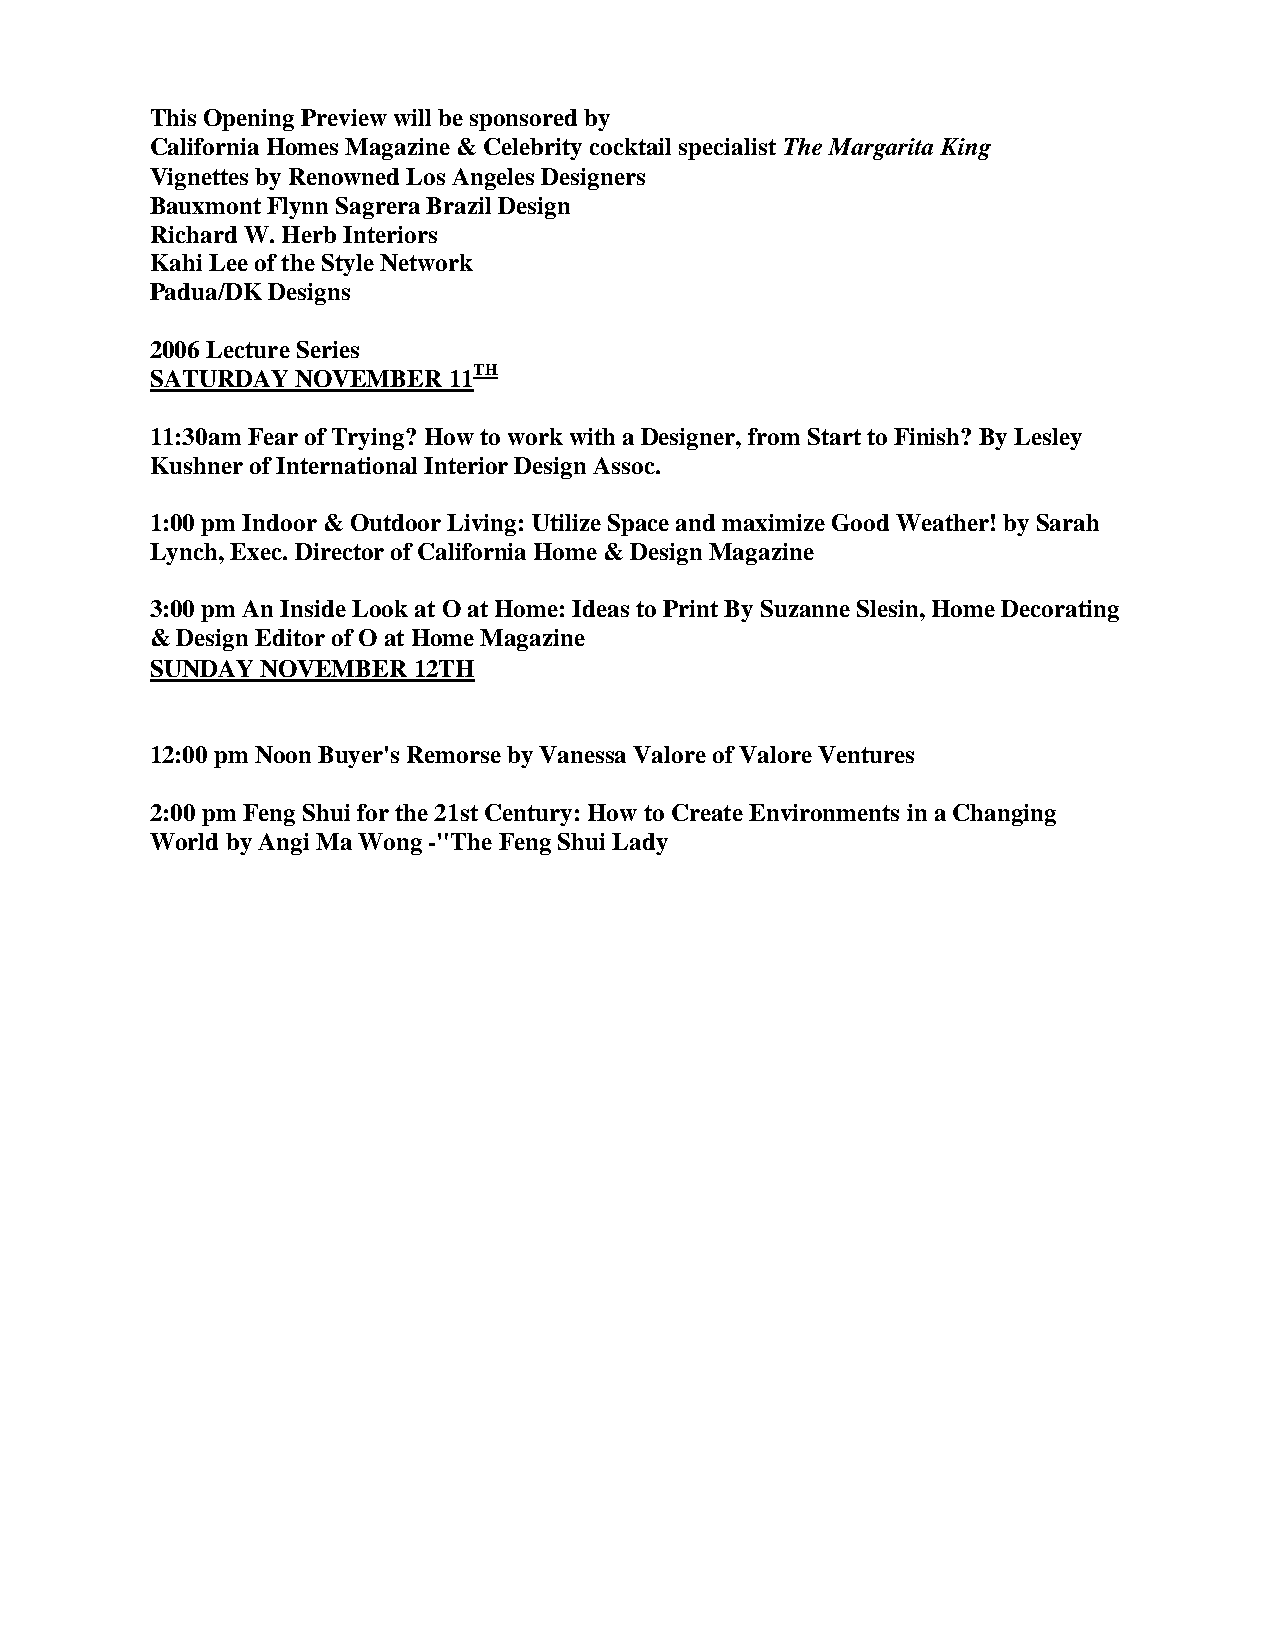
This Opening Preview will be sponsored by
 California Homes Magazine & Celebrity cocktail specialist The Margarita King
 Vignettes by Renowned Los Angeles Designers
 Bauxmont Flynn Sagrera Brazil Design
 Richard W. Herb Interiors
 Kahi Lee of the Style Network
 Padua/DK Designs
 2006 Lecture Series
 SATURDAY  NOVEMBER  11TH
 11:30am Fear of Trying? How to work with a Designer, from Start to Finish? By Lesley
 Kushner of International Interior Design Assoc.
 1:00 pm Indoor & Outdoor Living: Utilize Space and maximize Good Weather! by Sarah
 Lynch, Exec. Director of California Home & Design Magazine
 3:00 pm An Inside Look at O at Home: Ideas to Print By Suzanne Slesin, Home Decorating
 & Design Editor of O at Home Magazine
 SUNDAY NOVEMBER  12TH
 12:00 pm Noon Buyer's Remorse by Vanessa Valore of Valore Ventures
 2:00 pm Feng Shui for the 21st Century: How to Create Environments in a Changing
 World by Angi Ma Wong -"The Feng Shui Lady